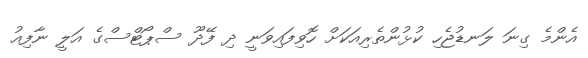
އެންމެ ގިނަ ލަނޑުޖެހި ކުޅުންތެރިއަކަށް ހޮވިފައިވަނީ ދި ފޭދޫ ސްޕޯޓްސްގެ އަލީ ނާފިއު